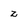
Character: Z